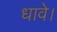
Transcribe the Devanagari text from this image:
धावे।